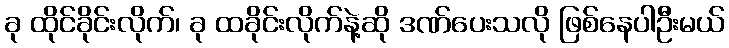
ခု ထိုင်ခိုင်းလိုက်၊ ခု ထခိုင်းလိုက်နဲ့ဆို ဒဏ်ပေးသလို ဖြစ်နေပါဦးမယ်